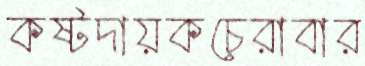
কষ্টদায়কচেরাবার